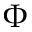
\Phi